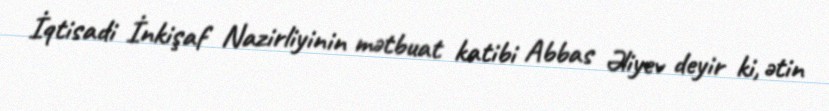
İqtisadi İnkişaf Nazirliyinin mətbuat katibi Abbas Əliyev deyir ki, ətin